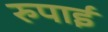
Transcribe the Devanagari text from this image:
रुपाई